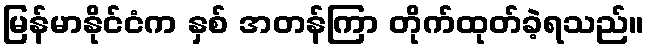
မြန်မာနိုင်ငံက နှစ် အတန်ကြာ တိုက်ထုတ်ခဲ့ရသည်။